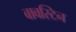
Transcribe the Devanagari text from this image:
बावस्टिन